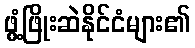
ဖွံ့ဖြိုးဆဲနိုင်ငံများ၏